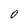
Character: O